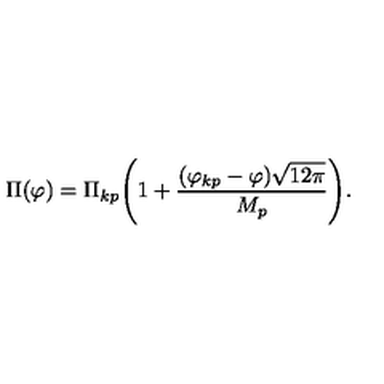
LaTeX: \Pi ( \varphi ) = \Pi _ { k p } \Biggl ( 1 + \frac { ( \varphi _ { k p } - \varphi ) \sqrt { 1 2 \pi } } { M _ { p } } \Biggr ) .